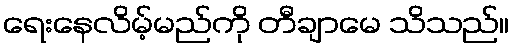
ရေးနေလိမ့်မည်ကို တီချာမေ သိသည်။